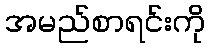
အမည်စာရင်းကို